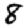
Digit: 8